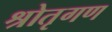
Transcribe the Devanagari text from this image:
श्रोतृगण